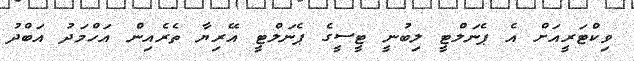
ވިކްޓަރީއަށް އެ ޕެނަލްޓީ ލިބުނީ ޓީސީގެ ޕެނަލްޓީ އޭރިޔާ ތެރެއިން އަހްމަދު އަބްދު